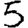
Digit: 5